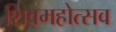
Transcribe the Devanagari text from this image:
शिवमहोत्सव